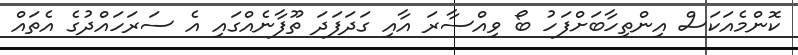
ކޮންމެއަކަސް އިންތިހާބަށްފަހު ބޯ ވިއްސާރަ އާއި ގަދަފަދަ ތޫފާނެއްގައި އެ ސަރަހައްދުގެ އެތައް